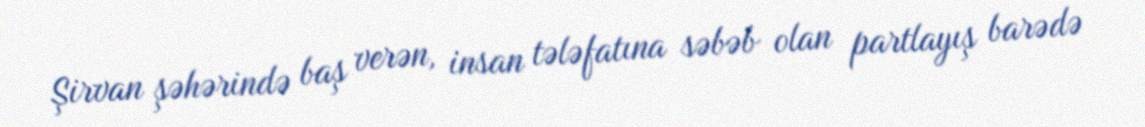
Şirvan şəhərində baş verən, insan tələfatına səbəb olan partlayış barədə